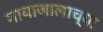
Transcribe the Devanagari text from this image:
मायाजालाच्या